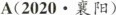
A（2020·襄阳）